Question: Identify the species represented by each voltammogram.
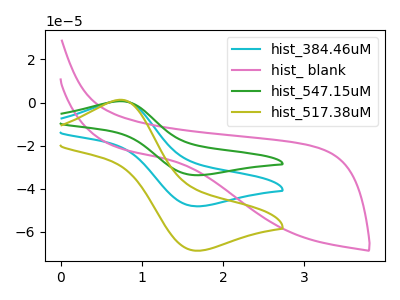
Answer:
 <answer>The cyan curve is labeled "hist_384.46uM". The pink curve is labeled "hist_ blank". The green curve is labeled "hist_547.15uM". The olive curve is labeled "hist_517.38uM".</answer>
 <eval></eval>